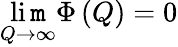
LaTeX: \operatorname*{li\mathtt{m}}_{Q\rightarrow\infty}\Phi\left(Q\right)=0